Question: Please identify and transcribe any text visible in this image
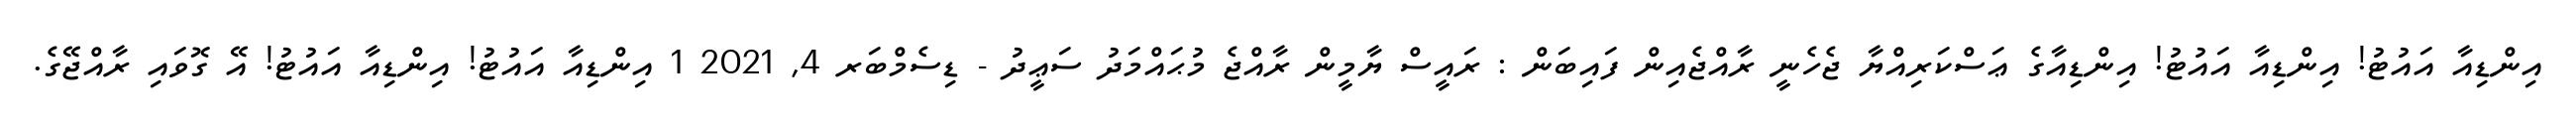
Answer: އިންޑިއާ އައުޓު! އިންޑިއާ އައުޓު! އިންޑިއާގެ ޢަސްކަރިއްޔާ ޖެހެނީ ރާއްޖެއިން ފައިބަން : ރައީސް ޔާމީން ރާއްޖެ މުޙައްމަދު ސަޢީދު - ޑިސެމްބަރ 4, 2021 1 އިންޑިއާ އައުޓު! އިންޑިއާ އައުޓު! އޭ ގޮވައި ރާއްޖޭގެ.